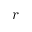
r